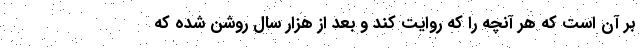
بر آن است که هر آنچه را که روایت کند و بعد از هزار سال روشن شده که